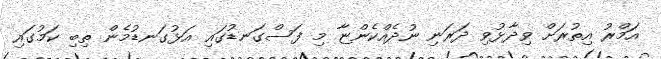
އަމްރު އިތުރަށް ވިދާޅުވި ދަރަނި ނުދެއްކެންޏާ މި ފަސްގަނޑުގައި އަޅުގަނޑުމެން ތިބި ކަމުގައި